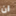
ان